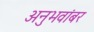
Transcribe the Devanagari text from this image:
अनुभवांबर